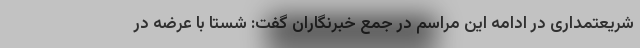
شریعتمداری در ادامه این مراسم در جمع خبرنگاران گفت: شستا با عرضه در